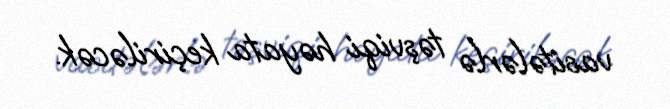
vasitələrlə təşviqi həyata keçiriləcək.